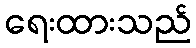
ရေးထားသည်